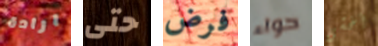
ارادة حتى فرض حواء أخشى